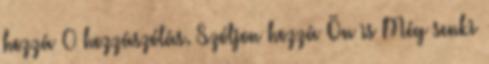
hozzá 0 hozzászólás. Szóljon hozzá Ön is Még senki